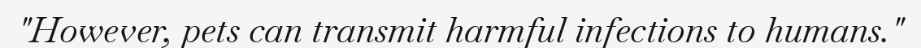
"However, pets can transmit harmful infections to humans."